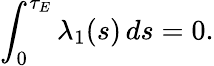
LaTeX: \int_{0}^{\tau_{E}}\lambda_{1}(s)\, ds=0.